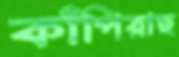
কাঁপিয়াছ